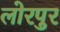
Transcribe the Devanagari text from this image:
लोरपुर